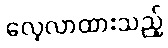
လေ့လာထားသည့်